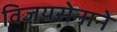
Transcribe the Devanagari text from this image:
विजयसेनाने